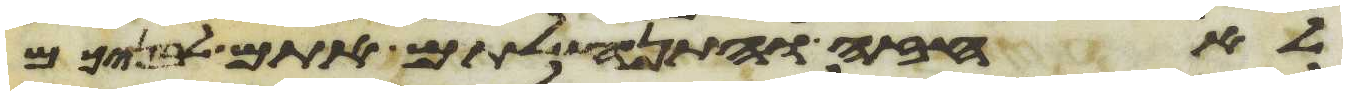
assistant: לאחזה והתנחלתם אתם לבניכם